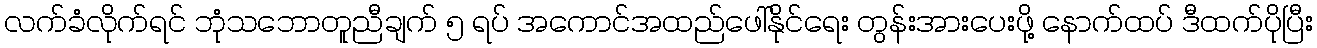
လက်ခံလိုက်ရင် ဘုံသဘောတူညီချက် ၅ ရပ် အကောင်အထည်ဖေါ်နိုင်ရေး တွန်းအားပေးဖို့ နောက်ထပ် ဒီထက်ပိုပြီး